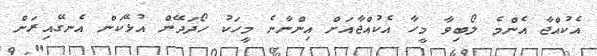
އެކުއްޖާ އެންމެ ލޯބިވާ މީހާ އެކުއްޖާއަށް އިންނާނެ މީހަކު ހޯދަދޭން އުޅޭކަން އެނގޭއިރަށް